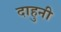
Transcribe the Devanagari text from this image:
दाहुनी